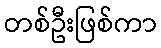
တစ်ဦးဖြစ်ကာ